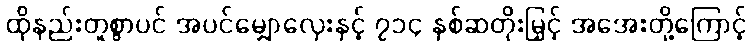
ထိုနည်းတူစွာပင် အပင်မျှောလှေးနှင့် ၇၁၄ နှစ်ဆတိုးမြှင့် အအေးတို့ကြောင့်